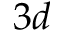
3 d